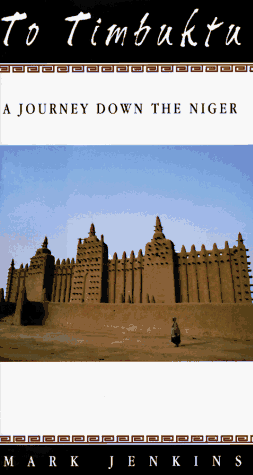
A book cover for To Timbuktu; Mark Jenkins; Travel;